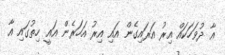
އާ ދުވަހަކައް އިރު އަރައިގެން އައި އިރު އަހަރެން އައީ ހިތުގައި އާ